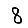
Digit: 8